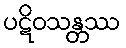
ပဋိဝသန္တဿ